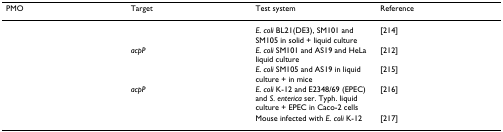
<table><thead><tr><td><b>PMO</b></td><td><b>Target</b></td><td><b>Test system</b></td><td><b>Reference</b></td></tr></thead><tbody><tr><td>[EMPTY_CELL]</td><td>[EMPTY_CELL]</td><td><i>E. coli </i>BL21(DE3), SM101 and SM105 in solid + liquid culture</td><td>[214]</td></tr><tr><td>[EMPTY_CELL]</td><td><i>acpP</i></td><td><i>E. coli </i>SM101 and AS19 and HeLa liquid culture</td><td>[212]</td></tr><tr><td>[EMPTY_CELL]</td><td>[EMPTY_CELL]</td><td><i>E. coli </i>SM105 and AS19 in liquid culture + in mice</td><td>[215]</td></tr><tr><td>[EMPTY_CELL]</td><td><i>acpP</i></td><td><i>E. coli </i>K-12 and E2348/69 (EPEC) and <i>S. enterica </i>ser. Typh. liquid culture + EPEC in Caco-2 cells</td><td>[216]</td></tr><tr><td>[EMPTY_CELL]</td><td>[EMPTY_CELL]</td><td>Mouse infected with <i>E. coli </i>K-12</td><td>[217]</td></tr></tbody></table>